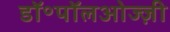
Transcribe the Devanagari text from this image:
डॉ॰पॉलओज्ज़ी